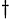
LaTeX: ^{\dagger}